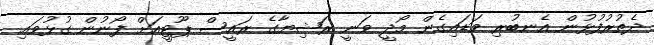
ދެތުރުފުޅުން އެނބުރި ވަޑައިގެން މޯދީ ވަނީ ރަޝިޔާގެ ރައީސް ޕޫޓީއަށް ފޯނުން ގުޅުވައި